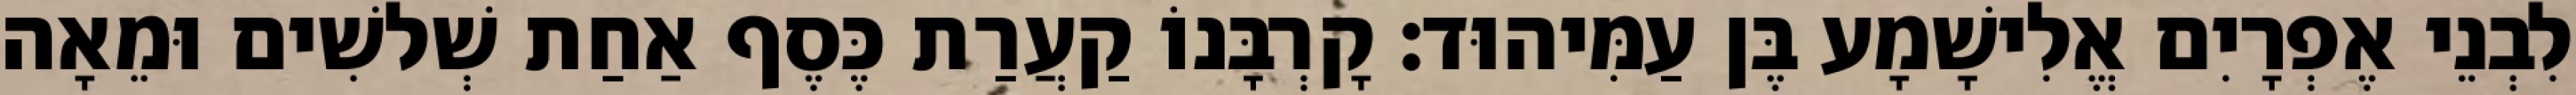
לִבְנֵי אֶפְרָיִם אֱלִישָׁמָע בֶּן עַמִּיהוּד׃ קָרְבָּנוֹ קַעֲרַת כֶּסֶף אַחַת שְׁלשִׁים וּמֵאָה